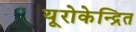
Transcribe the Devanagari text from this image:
यूरोकेन्द्रित